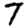
Digit: 7